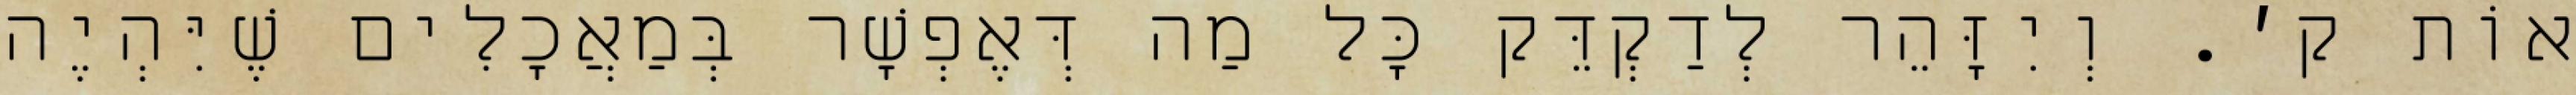
אוֹת ק׳. וְיִזָּהֵר לְדַקְדֵּק כׇּל מַה דְּאֶפְשָׁר בְּמַאֲכָלִים שֶׁיִּהְיֶה